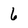
Character: 6